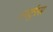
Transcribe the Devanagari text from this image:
आर्टुरस